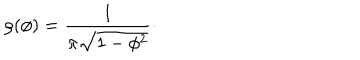
\rho ( \phi ) = { \frac { 1 } { \pi \sqrt { 1 - \phi ^ { 2 } } } } \cdotp